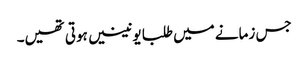
جس زمانے میں طلبا یونینیں ہوتی تھیں۔